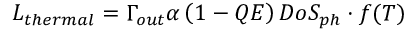
L _ { t h e r m a l } = \Gamma _ { o u t } \alpha \left( 1 - Q E \right) D o S _ { p h } \cdot f ( T )